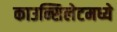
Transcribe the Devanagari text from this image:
काउन्सिलेटमध्ये